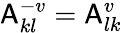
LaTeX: \mathsf{A}_{kl}^{-v}=\mathsf{A}_{lk}^{v}